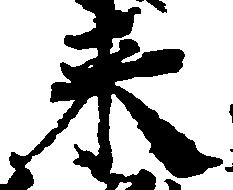
来